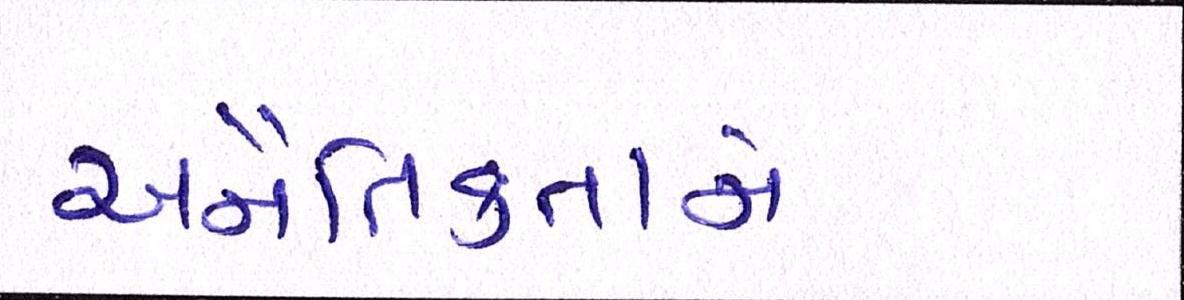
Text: અનૈતિકતાને